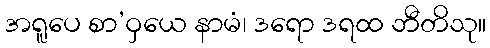
အရူပေ စာ’ဝှယေ နာမံ၊ ဒရော ဒရထ ဘီတိသု။